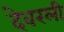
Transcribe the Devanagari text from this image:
देवरली